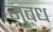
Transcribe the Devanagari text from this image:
गुबध